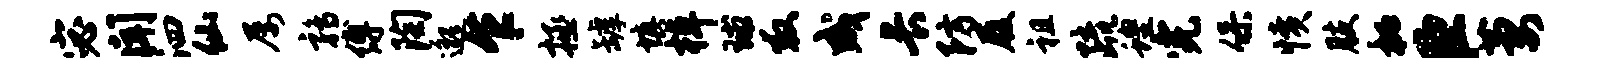
宓闻泗仙屡鹑缚陶邈乍拯罅填棹球救成长防履祖疏蝗完保愤肢秘臣萋